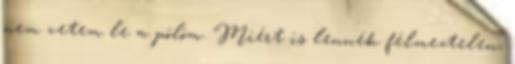
nem vetem le a pólóm. Miért is lennék félmeztelen,